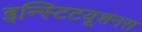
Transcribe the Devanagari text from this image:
इन्स्टिटयूशनस